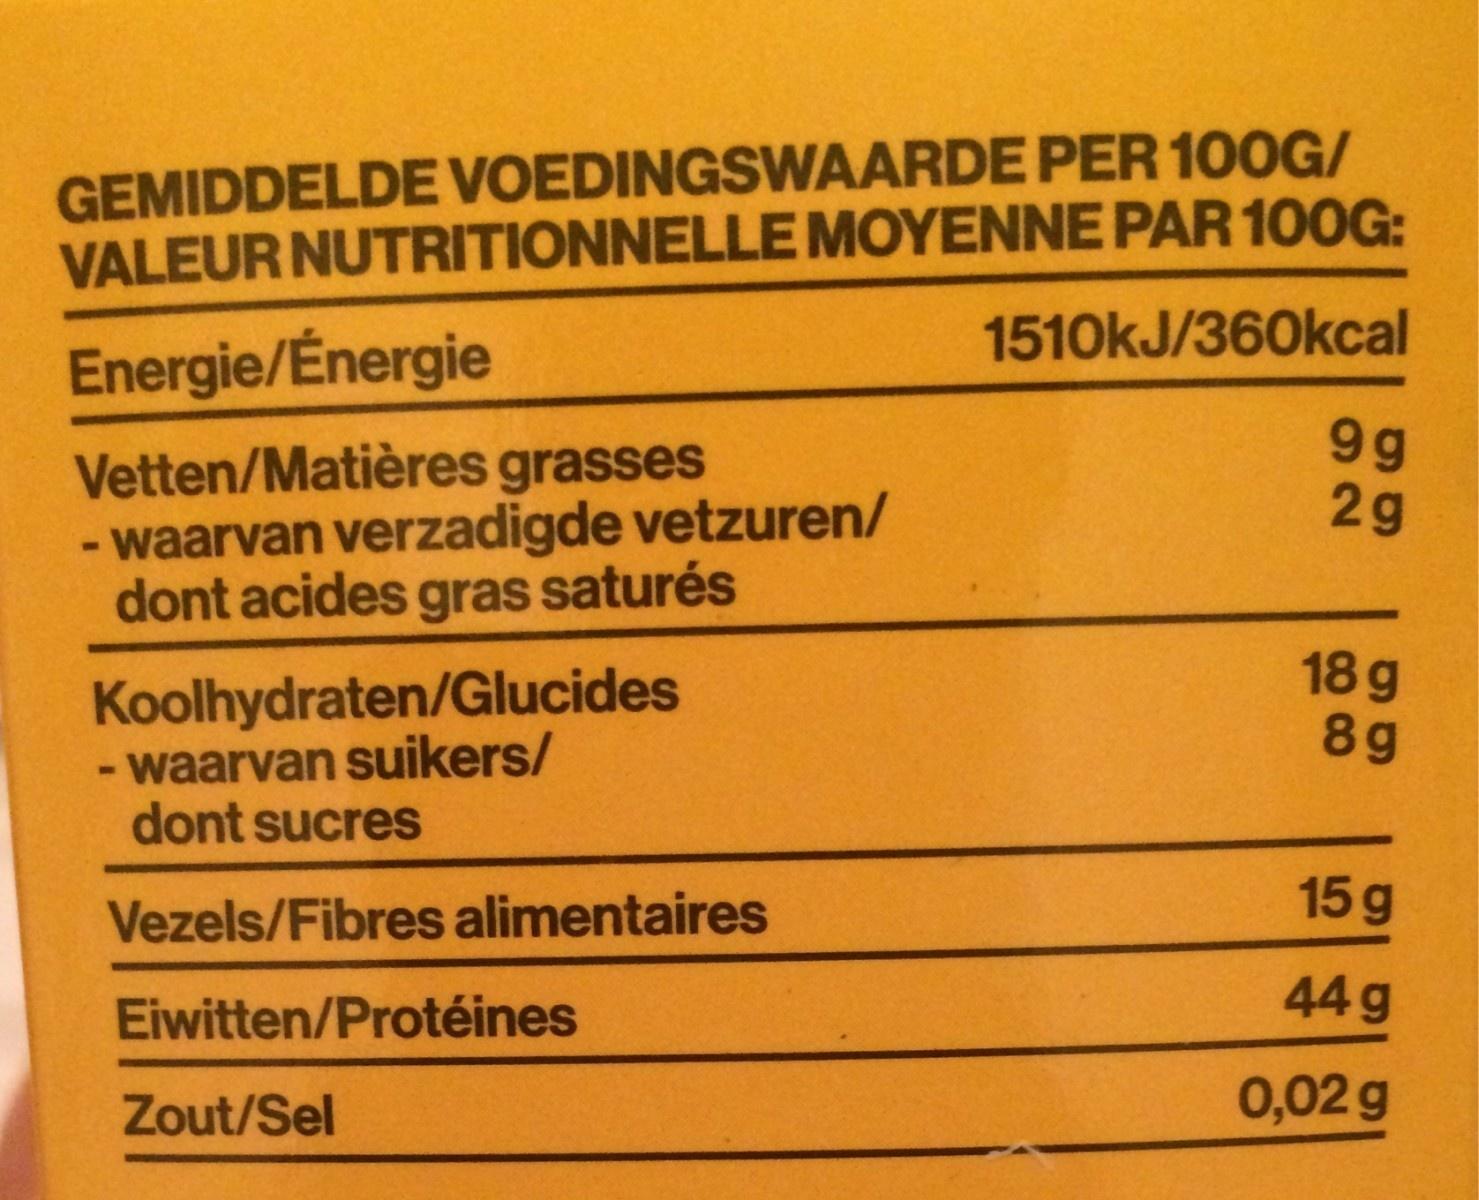
GEMIDDELDE VOEDINGSWAARDE PER 10OG/ VALEUR NUTRITIONNELLE MOYENNE PAR 10OG: 1510kJ/360kcal Energie/Énergie 9 g 2g Vetten/Matières grasses - waarvan verzadigde vetzuren/ dont acides gras saturés 18 g 89 Koolhydraten/Glucides - waarvan suikers/ dont sucres 15g Vezels/Fibres alimentaires 44g Eiwitten/Protéines 0,02 g Zout/Sel